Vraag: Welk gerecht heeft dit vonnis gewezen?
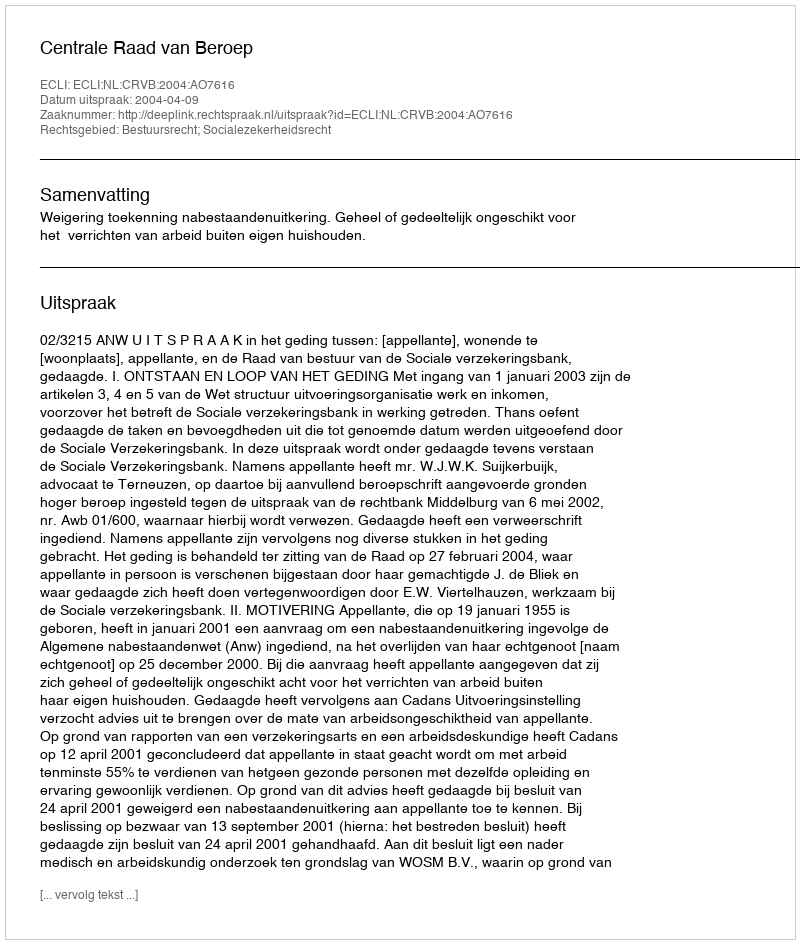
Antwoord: Centrale Raad van Beroep